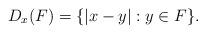
LaTeX: \begin{align*}D_x(F)=\{|x-y|: y\in F\}.\end{align*}